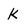
Character: k